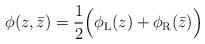
LaTeX: \begin{align*}\phi(z,\bar z) = \frac{1}{2}\Big(\phi_{\rm L}(z)+\phi_{\rm R}(\bar z)\Big)\end{align*}